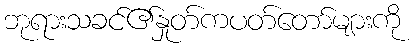
ဘုရားသခင်၏နှုတ်ကပတ်တော်များကို